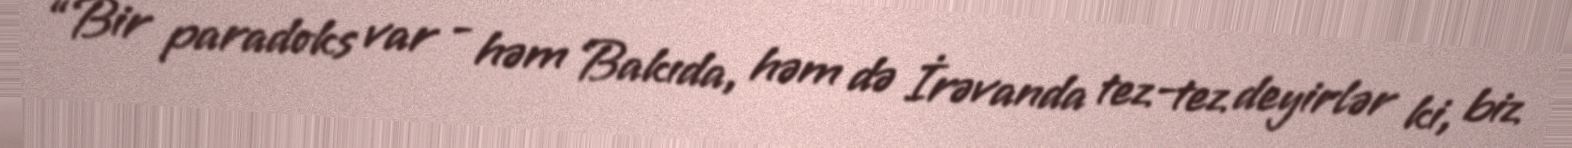
“Bir paradoks var - həm Bakıda, həm də İrəvanda tez-tez deyirlər ki, biz